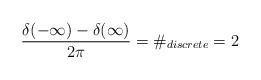
LaTeX: \begin{align*}\frac{\delta (-\infty )-\delta (\infty )}{2\pi }=\#_{discrete}=2\end{align*}